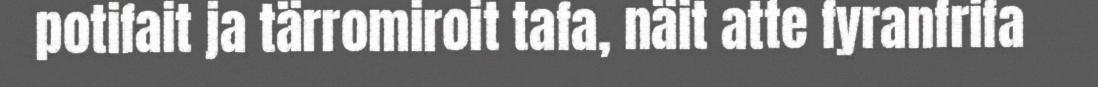
potifait ja tärromiroit tafa, näit atte fyranfrifa